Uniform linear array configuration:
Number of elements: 16
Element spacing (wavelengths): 0.75
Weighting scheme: uniform
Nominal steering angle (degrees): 45
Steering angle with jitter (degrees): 46.281
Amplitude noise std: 0.05
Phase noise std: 0.05

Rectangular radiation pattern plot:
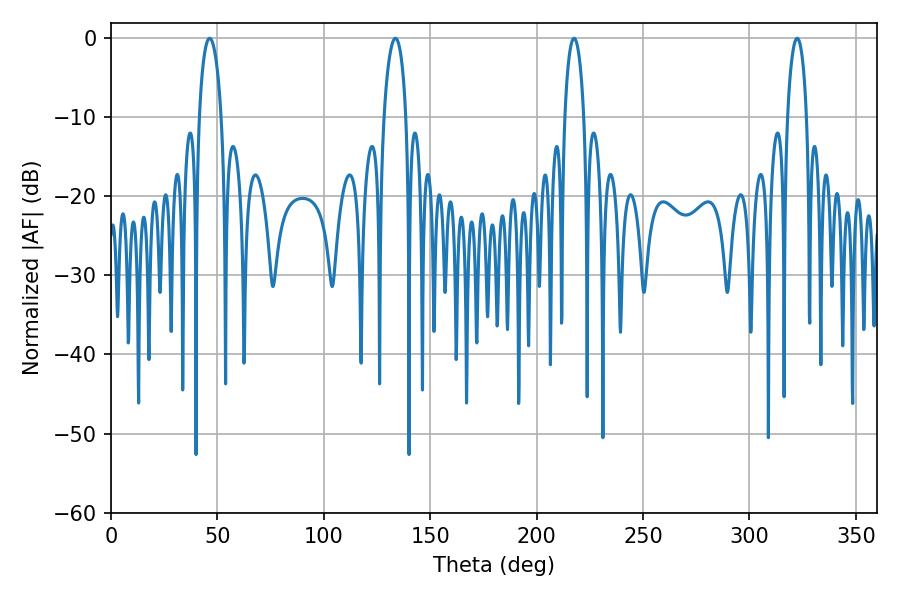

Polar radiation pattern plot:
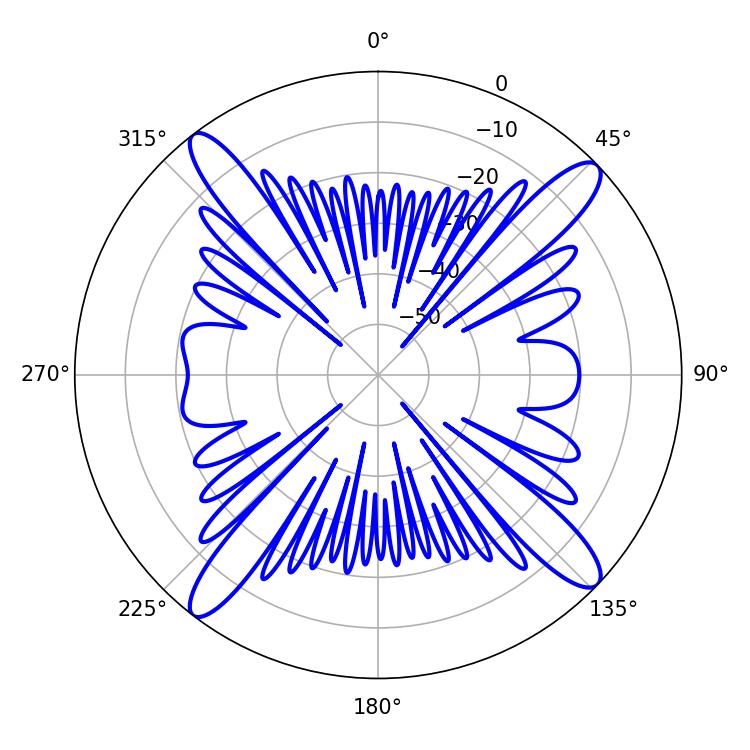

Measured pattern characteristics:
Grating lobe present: TRUE
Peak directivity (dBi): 16.641
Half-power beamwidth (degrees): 5.04
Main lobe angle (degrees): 217.62